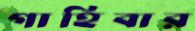
গাহিবার